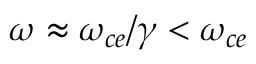
\omega \approx \omega _ { c e } / \gamma < \omega _ { c e }